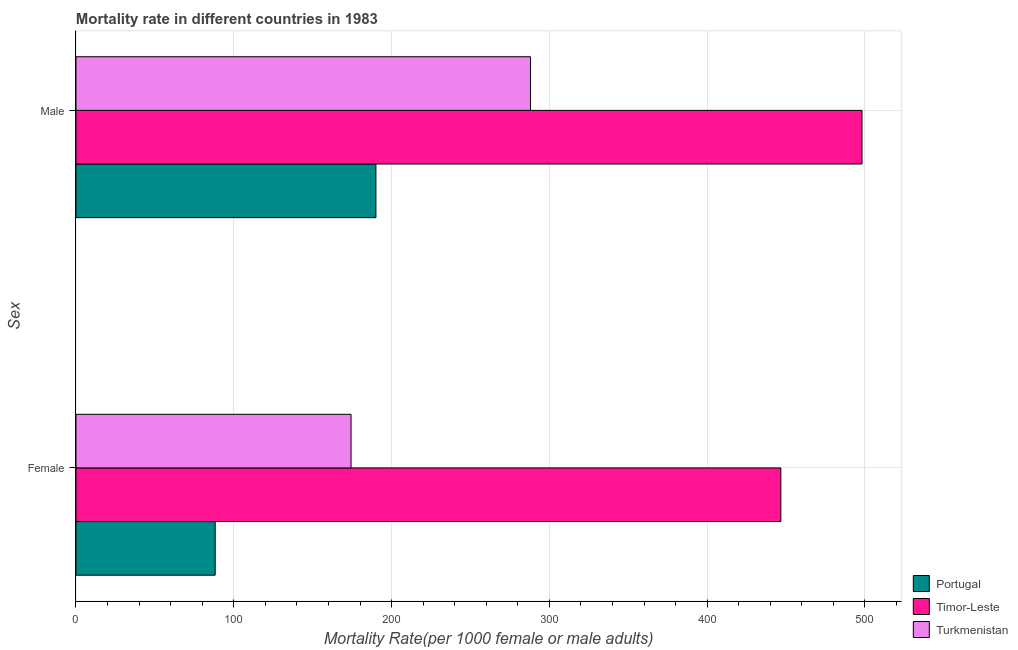
| Sex | Portugal | Timor-Leste | Turkmenistan |
 | --- | --- | --- | --- |
 | Female | 88.2 | 447 | 174 |
 | Male | 190 | 498 | 288 |